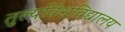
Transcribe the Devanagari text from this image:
तुल्यविश्वविद्यालय